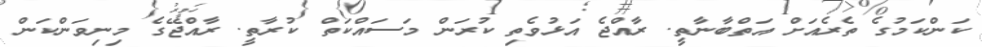
ކަންކަމުގެ ތެރެއަށް އަތްބާނާތީ. ރާއްޖެ އަޅުވެތި ކުރަން މަސައްކަތް ކުރާތީ. ރާއްޖޭގެ މިނިވަންކަން